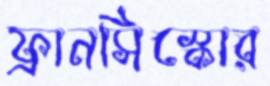
ফ্রানসিস্কোর